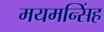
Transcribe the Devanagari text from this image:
मयमन्सिंह